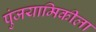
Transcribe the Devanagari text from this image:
पुंजयामिकीला